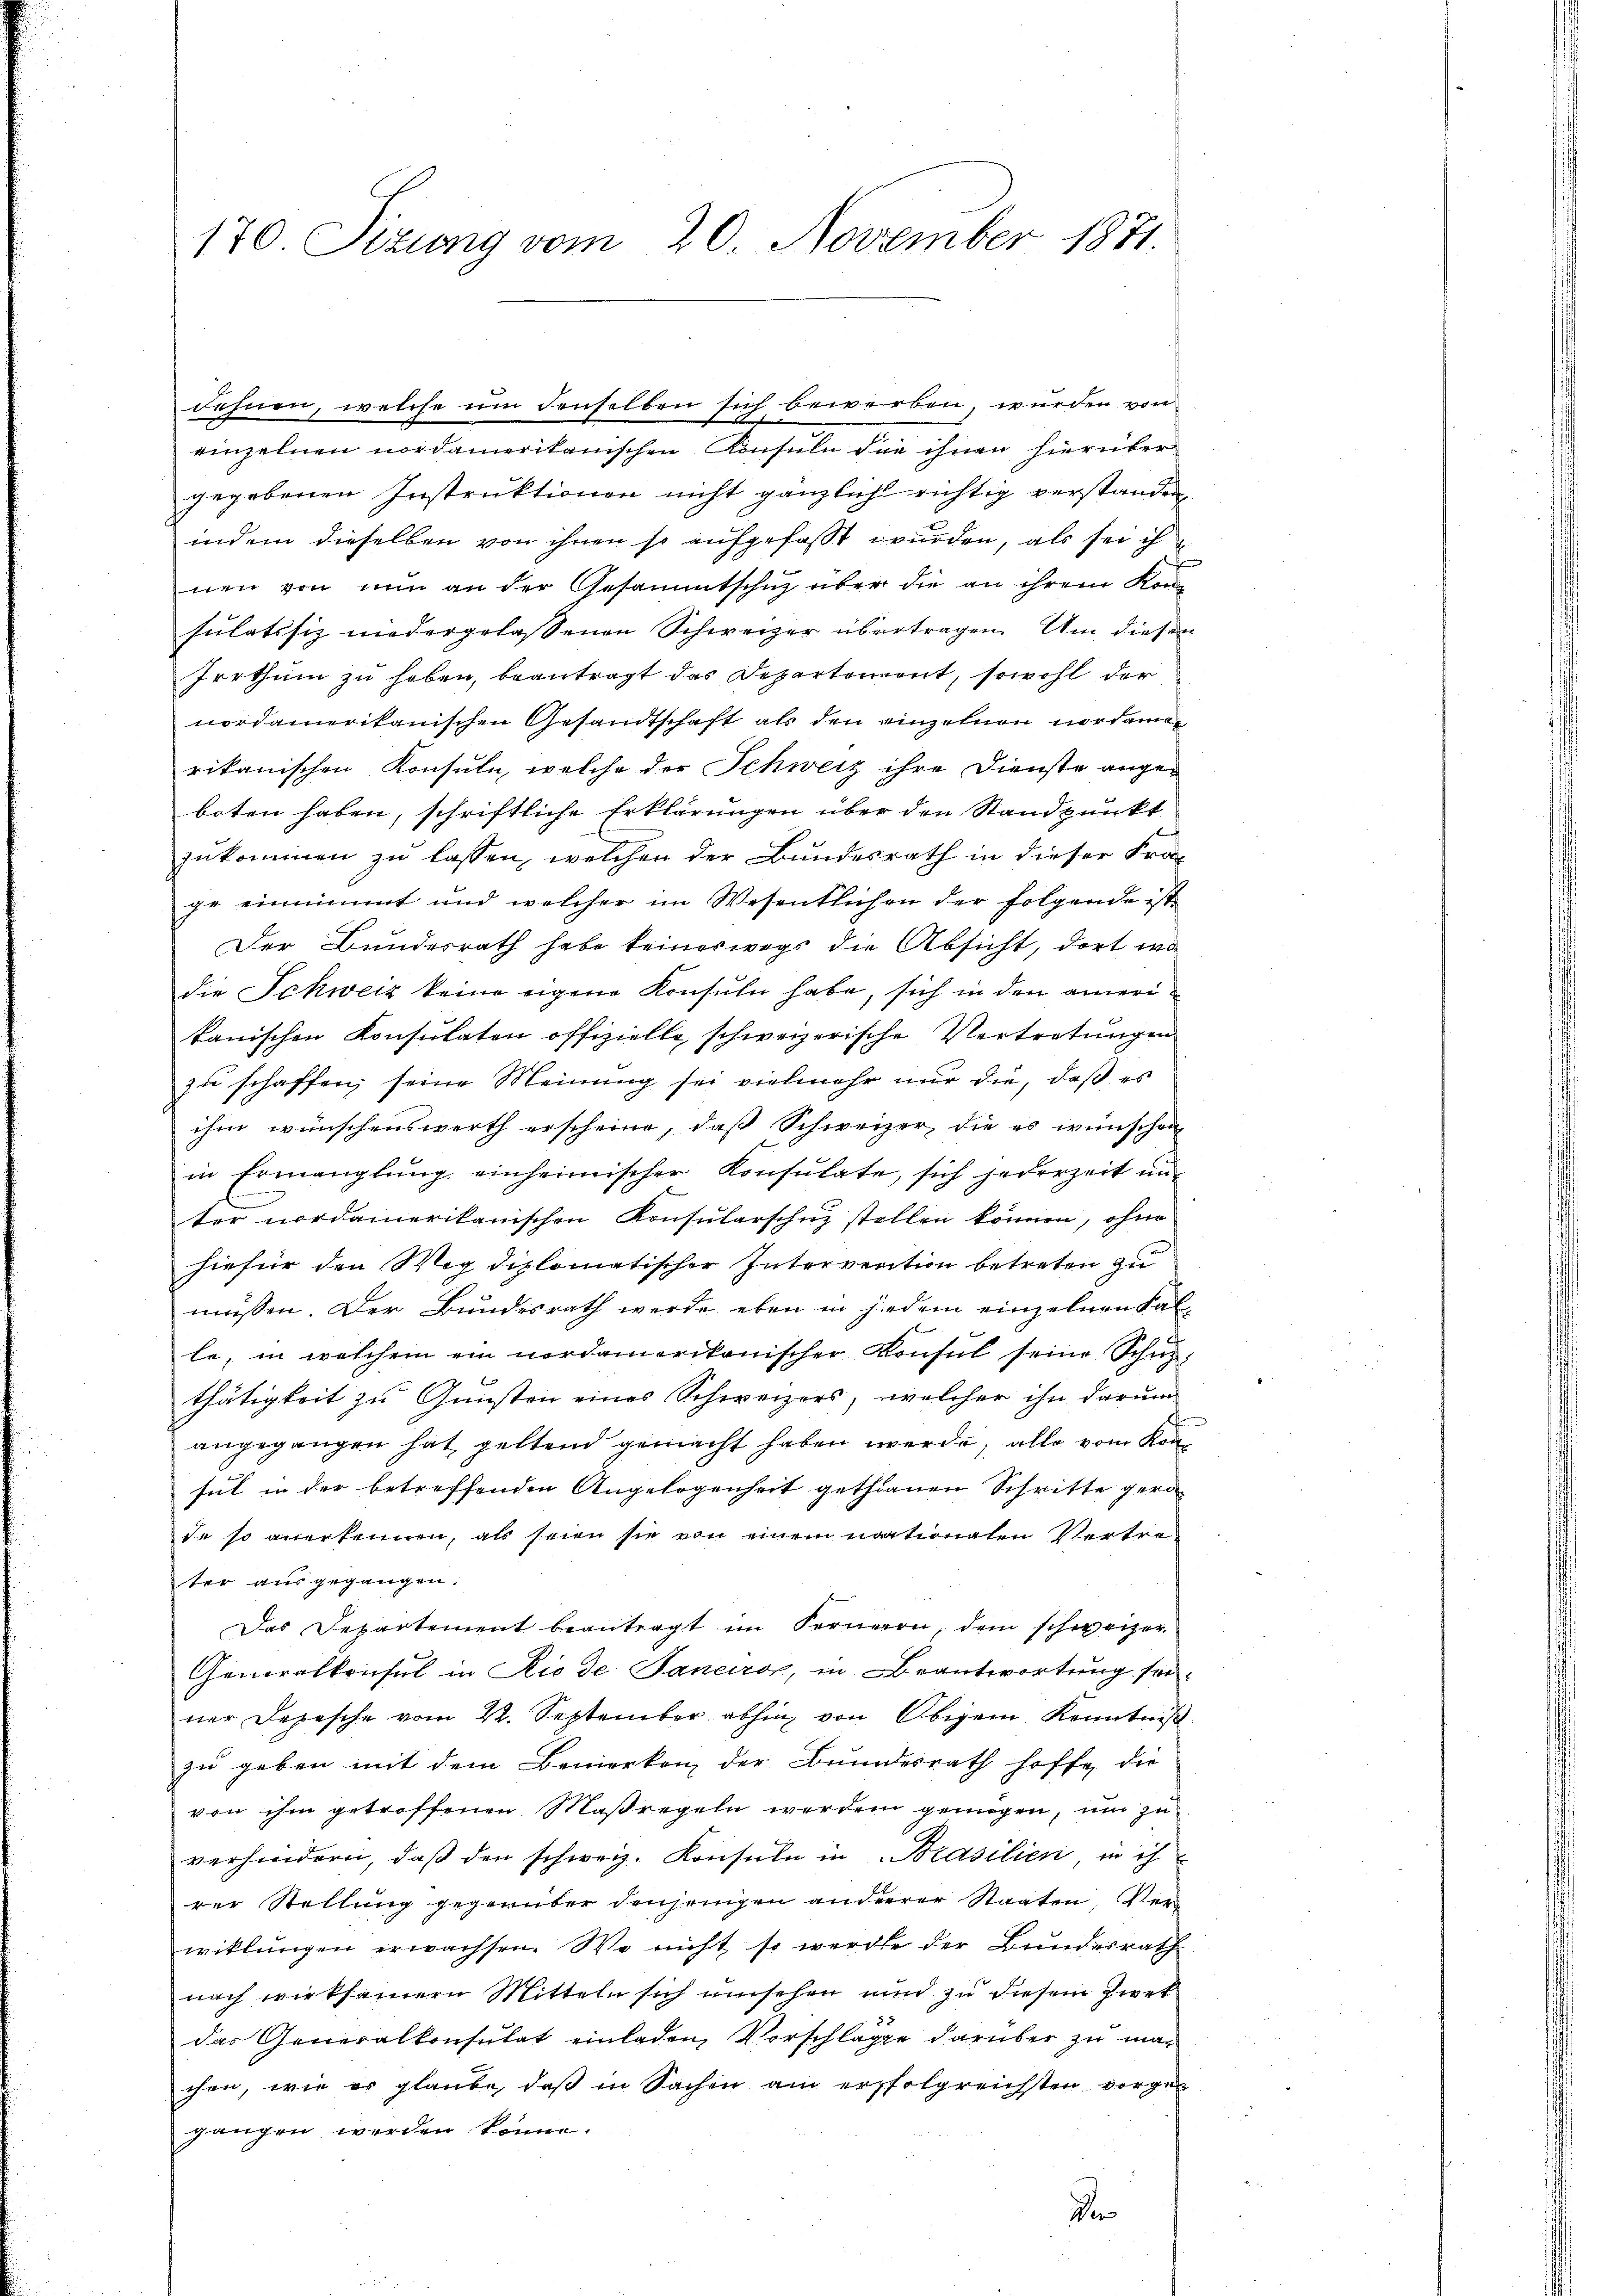
170 Sizung vom 20. November 1871

einzelnen nordamerikanischen Konsuln die ihnen hierüber
gegebenen Instruktionen nicht gänzlich richtig verstanden,
indem dieselben von ihnen so aufgefasst wurden, als sei ih
nen von nun an der Gesammtschuz über die an ihrem Konsulatssiz niedergelassenen Schweizer übertragen. Um diesen
Irrthum zu haben, beantragt das Departement, sowohl der
nordamerikanischen Gesandtschaft als den einzelnen nordamen
rikanischen Konsule, welche der Schweiz ihre Dienste angeboten haben, schriftliche Erklärungen über den Standpunkt
zukommen zu lassen, welchen der Bundesrath in dieser Fra-
ge einnimmt und welcher im Wesentlichen der folgende ist
Der Bunderrath habe keineswegs die Absicht, dort wo
die Schweiz keine eigene Konsuln habe, sich in den ameritanischen Konsulaten offizielle, schweizerische Vertretungen
zu schaffen, seine Meinung sei vielmehr nur die, daß es
ihm wünschenswerth erscheine, daß Schweizer, die es wünschen
in Ermanglung einheimischer Konsulate, sich jederzeit un-
ter nordamerikanischen Konsularschutz stellen können, ohne
hiefür den Weg diplomatischer Intervention betreten zu
müssen. Der Bundesrath werde eben in jedem einzelnen Fal
f
le, in welchem ein nordamerikanischer Konsul seine Schnethätigkeit zu Gunsten eines Schweizers, welcher ihn darum
.
angegangen hat geltend gemacht haben werde, alle vom Konsul in der betreffenden Angelegenheit gethanen Schritte gerade so anerkennen, als seien sie von einem nationalen Vertreter ausgegangen.
Das Departement beantragt im Ferneron, dem schweizer
Generalkonsul in Rio de Sanaroz, in Beantwortung seiner Depesche vom 22. September abhin von Obigem Kenntniß
zu geben mit dem Bemerken der Bundesrath hoffe, die
von ihm getroffenen Maßregeln werden genügen, um zu
verhindern, daß den schweiz. Konsuln in Brasilien in ih
rer Stellung gegenüber denjenigen anderer Staaten, Verwiklungen erwachsen. Wo nicht so werde der Bundesrath
nach wirksamern Mitteln sich umsehen und zu diesem Ziert
das Generalkonsulat einladen, Vorschläge darüber zu machen, wie er glaube, daß in Sachen am ersholgreichsten vorgegangen werden könne.
Der

dehnen, welche um denselben sich bewerben, wurden von